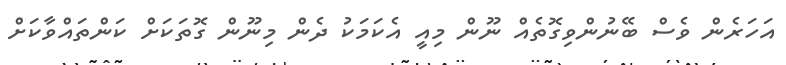
އަހަރެން ވެސް ބޭނުންވިގޮތެއް ނޫން މިއީ އެކަމަކު ދެން މިނޫން ގޮތަކަށް ކަންތައްވާކަށް